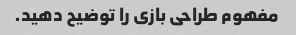
مفهوم طراحی بازی را توضیح دهید.